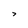
Character: 7